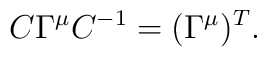
C\Gamma^{\mu} C^{-1}=(\Gamma^{\mu})^{T}.